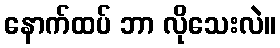
နောက်ထပ် ဘာ လိုသေးလဲ။